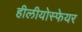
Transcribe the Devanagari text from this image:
हीलीयोस्फेयर